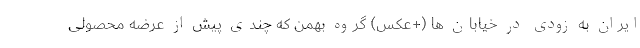
ایران به زودی در خیابان ها (+عکس) گروه بهمن که چندی پیش از عرضه محصولی